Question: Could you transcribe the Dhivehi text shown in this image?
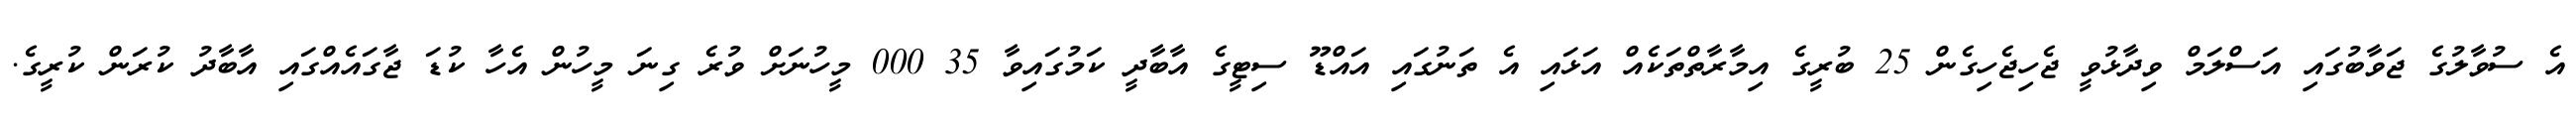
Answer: އެ ސުވާލުގެ ޖަވާބުގައި އަސްލަމް ވިދާޅުވީ ޖެހިޖެހިގެން 25 ބުރީގެ އިމާރާތްތަކެއް އަޅައި އެ ތަނުގައި އައްޑޫ ސިޓީގެ އާބާދީ ކަމުގައިވާ 35 000 މީހުނަށް ވުރެ ގިނަ މީހުން އެހާ ކުޑަ ޖާގައެއްގައި އާބާދު ކުރަން ކުރީގެ.